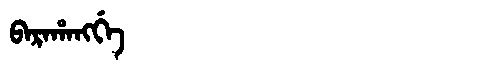
Manchu: ᠪᠠᡵᠠᡥᠠᠩᡤᡝ
Romanization: BARAHANGGE